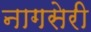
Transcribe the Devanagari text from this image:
नागसेरी